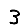
Digit: 3